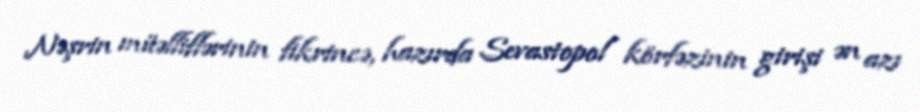
Nəşrin müəlliflərinin fikrincə, hazırda Sevastopol körfəzinin girişi ən azı